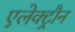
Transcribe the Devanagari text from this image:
एलेक्ट्रौन